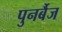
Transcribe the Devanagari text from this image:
पुनर्बैज